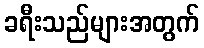
ခရီးသည်များအတွက်